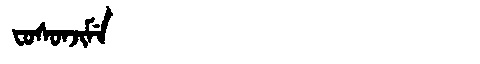
Manchu: ᠸᠣᠰᠣᠨᠵᡳᠮᡝ
Romanization: FOSONJIME